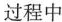
过程中